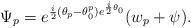
LaTeX: \begin{align*}\Psi_p= e^{\frac i2(\theta_p-\theta_0^p)e^{\frac i2\theta_0}} (w_p+\psi).\end{align*}